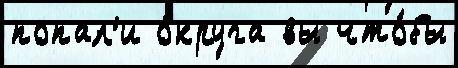
попал'и о́круга вы что́бы